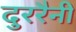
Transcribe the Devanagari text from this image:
दुररैनी